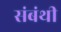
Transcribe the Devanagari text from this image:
संबंथी